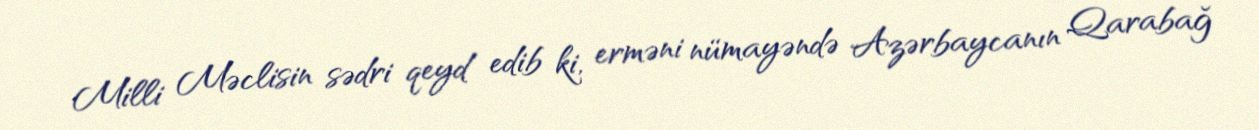
Milli Məclisin sədri qeyd edib ki, erməni nümayəndə Azərbaycanın Qarabağ